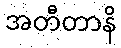
အတီတာနိ